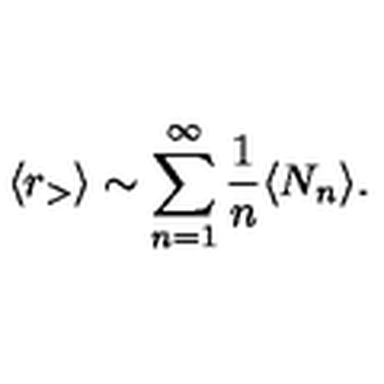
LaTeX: \langle r _ { > } \rangle \sim \sum _ { n = 1 } ^ { \infty } \frac { 1 } { n } \langle N _ { n } \rangle .